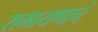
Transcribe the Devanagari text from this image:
रामायणाचं